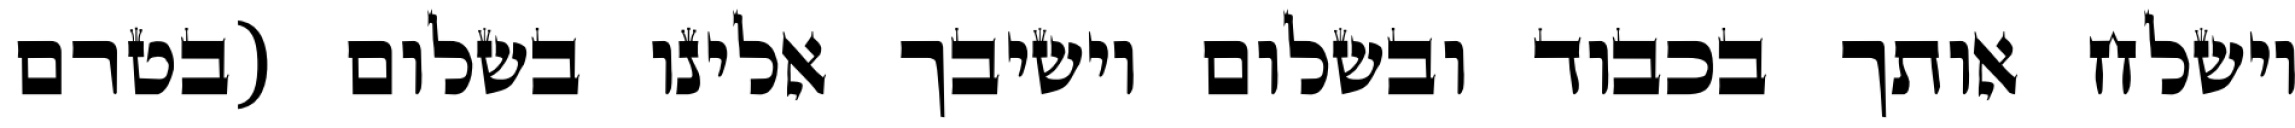
וישלח אותך בכבוד ובשלום וישיבך אלינו בשלום (בטרם